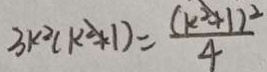
3 k ^ { 2 } ( k ^ { 2 } + 1 ) = \frac { ( k ^ { 2 } + 1 ) ^ { 2 } } { 4 }